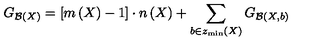
G _ { { \cal B } \left( X \right) } = \left[ m \left( X \right) - 1 \right] \cdot n \left( X \right) + \sum _ { b \in z _ { \min } \left( X \right) } G _ { { \cal B } \left( X , b \right) }